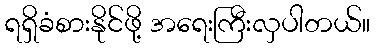
ရရှိခံစားနိုင်ဖို့ အရေးကြီးလှပါတယ်။